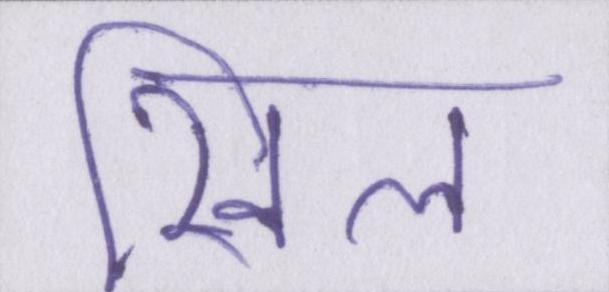
खिल